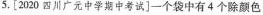
5.[2020四川广元中学期中考试]一个袋中有4个除颜色